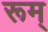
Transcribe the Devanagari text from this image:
रूम्